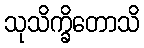
သုသိက္ခိတောသိ